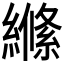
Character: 𮉎